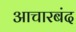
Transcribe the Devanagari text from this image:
आचारबंद